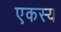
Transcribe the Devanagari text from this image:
एकस्य